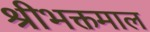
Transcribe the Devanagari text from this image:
श्रीभक्तमाल